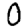
Digit: 0